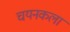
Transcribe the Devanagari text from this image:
चयनकला